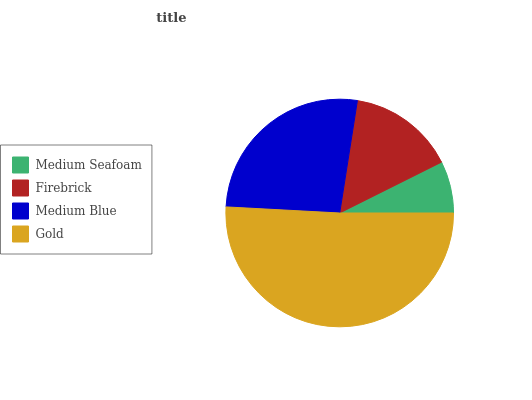
| Medium Seafoam | Firebrick | Medium Blue | Gold |
 | --- | --- | --- | --- |
 | 7.37% | 15.1% | 26.6% | 50.9% |